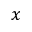
x